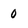
Character: 0